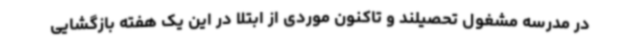
در مدرسه مشغول تحصیلند و تاکنون موردی از ابتلا در این یک هفته بازگشایی